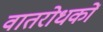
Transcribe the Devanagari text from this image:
वातरोधकों